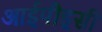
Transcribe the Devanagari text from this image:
आईपीइसी